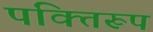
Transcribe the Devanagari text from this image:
पंक्तिरूप